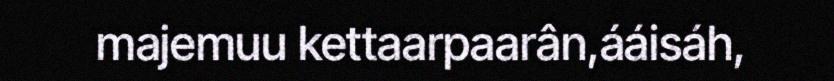
majemuu kettaarpaarân,ááisáh,